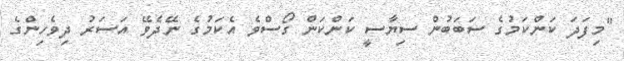
"މިފަދަ ކަންކަމުގެ ސަބަބުން ސިޔާސީ ކަންކަން ގޯސްވެ އެކަމުގެ ނޭދެވޭ އަސަރު ދިވެހިންގެ